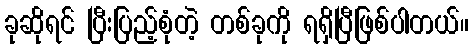
ခုဆိုရင် ပြီးပြည့်စုံတဲ့ တစ်ခုကို ရရှိပြီဖြစ်ပါတယ်။